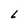
Character: L